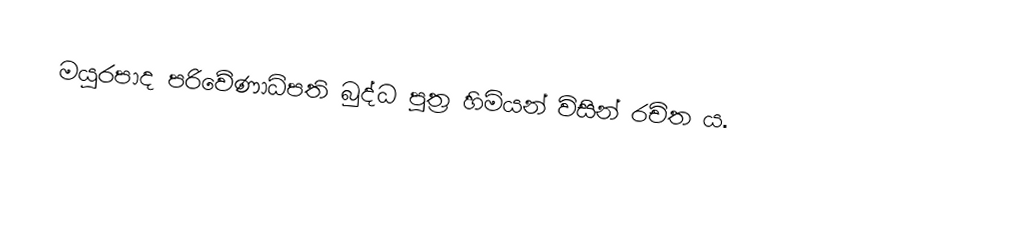
මයුරපාද පරිවේණාධිපති බුද්ධ පුත්‍ර හිමියන් විසින් රචිත ය.